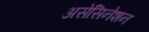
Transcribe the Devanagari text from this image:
असेसिनेशन